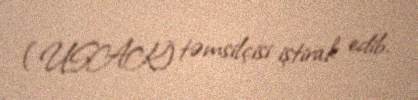
(USAK) təmsilçisi iştirak edib.